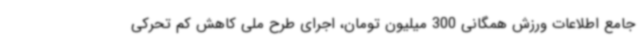
جامع اطلاعات ورزش همگانی 300 میلیون تومان، اجرای طرح ملی کاهش کم تحرکی